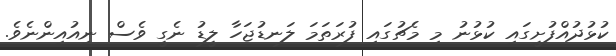
ކުޅުދުއްފުށީގައި ކުޅުނު މި މެޗުގައި ފުރަތަމަ ލަނޑުޖަހާ ލީޑު ނެގީ ވެސް ނިއުއިންނެވެ.